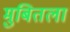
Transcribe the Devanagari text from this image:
मुबितला